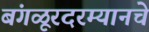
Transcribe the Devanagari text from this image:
बंगळूरदरम्यानचे